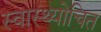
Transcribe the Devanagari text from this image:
स्वास्थ्योचित